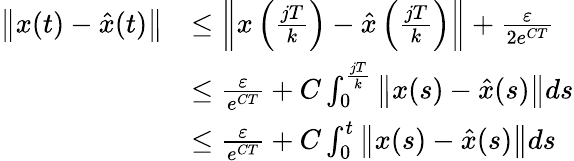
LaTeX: \begin{array}{rl}{\left\| x(t)-\hat{x}(t)\right\| }&{\leq\left\| x\left(\frac{jT}{k}\right)-\hat{x}\left(\frac{jT}{k}\right)\right\| +\frac{\varepsilon}{2e^{CT}}}\\ &{\leq\frac{\varepsilon}{e^{CT}}+C\int_{0}^{\frac{jT}{k}}\left\| x(s)-\hat{x}(s)\right\| ds}\\ &{\leq\frac{\varepsilon}{e^{CT}}+C\int_{0}^{t}\left\| x(s)-\hat{x}(s)\right\| ds}\end{array}